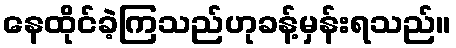
နေထိုင်ခဲ့ကြသည်ဟုခန့်မှန်းရသည်။